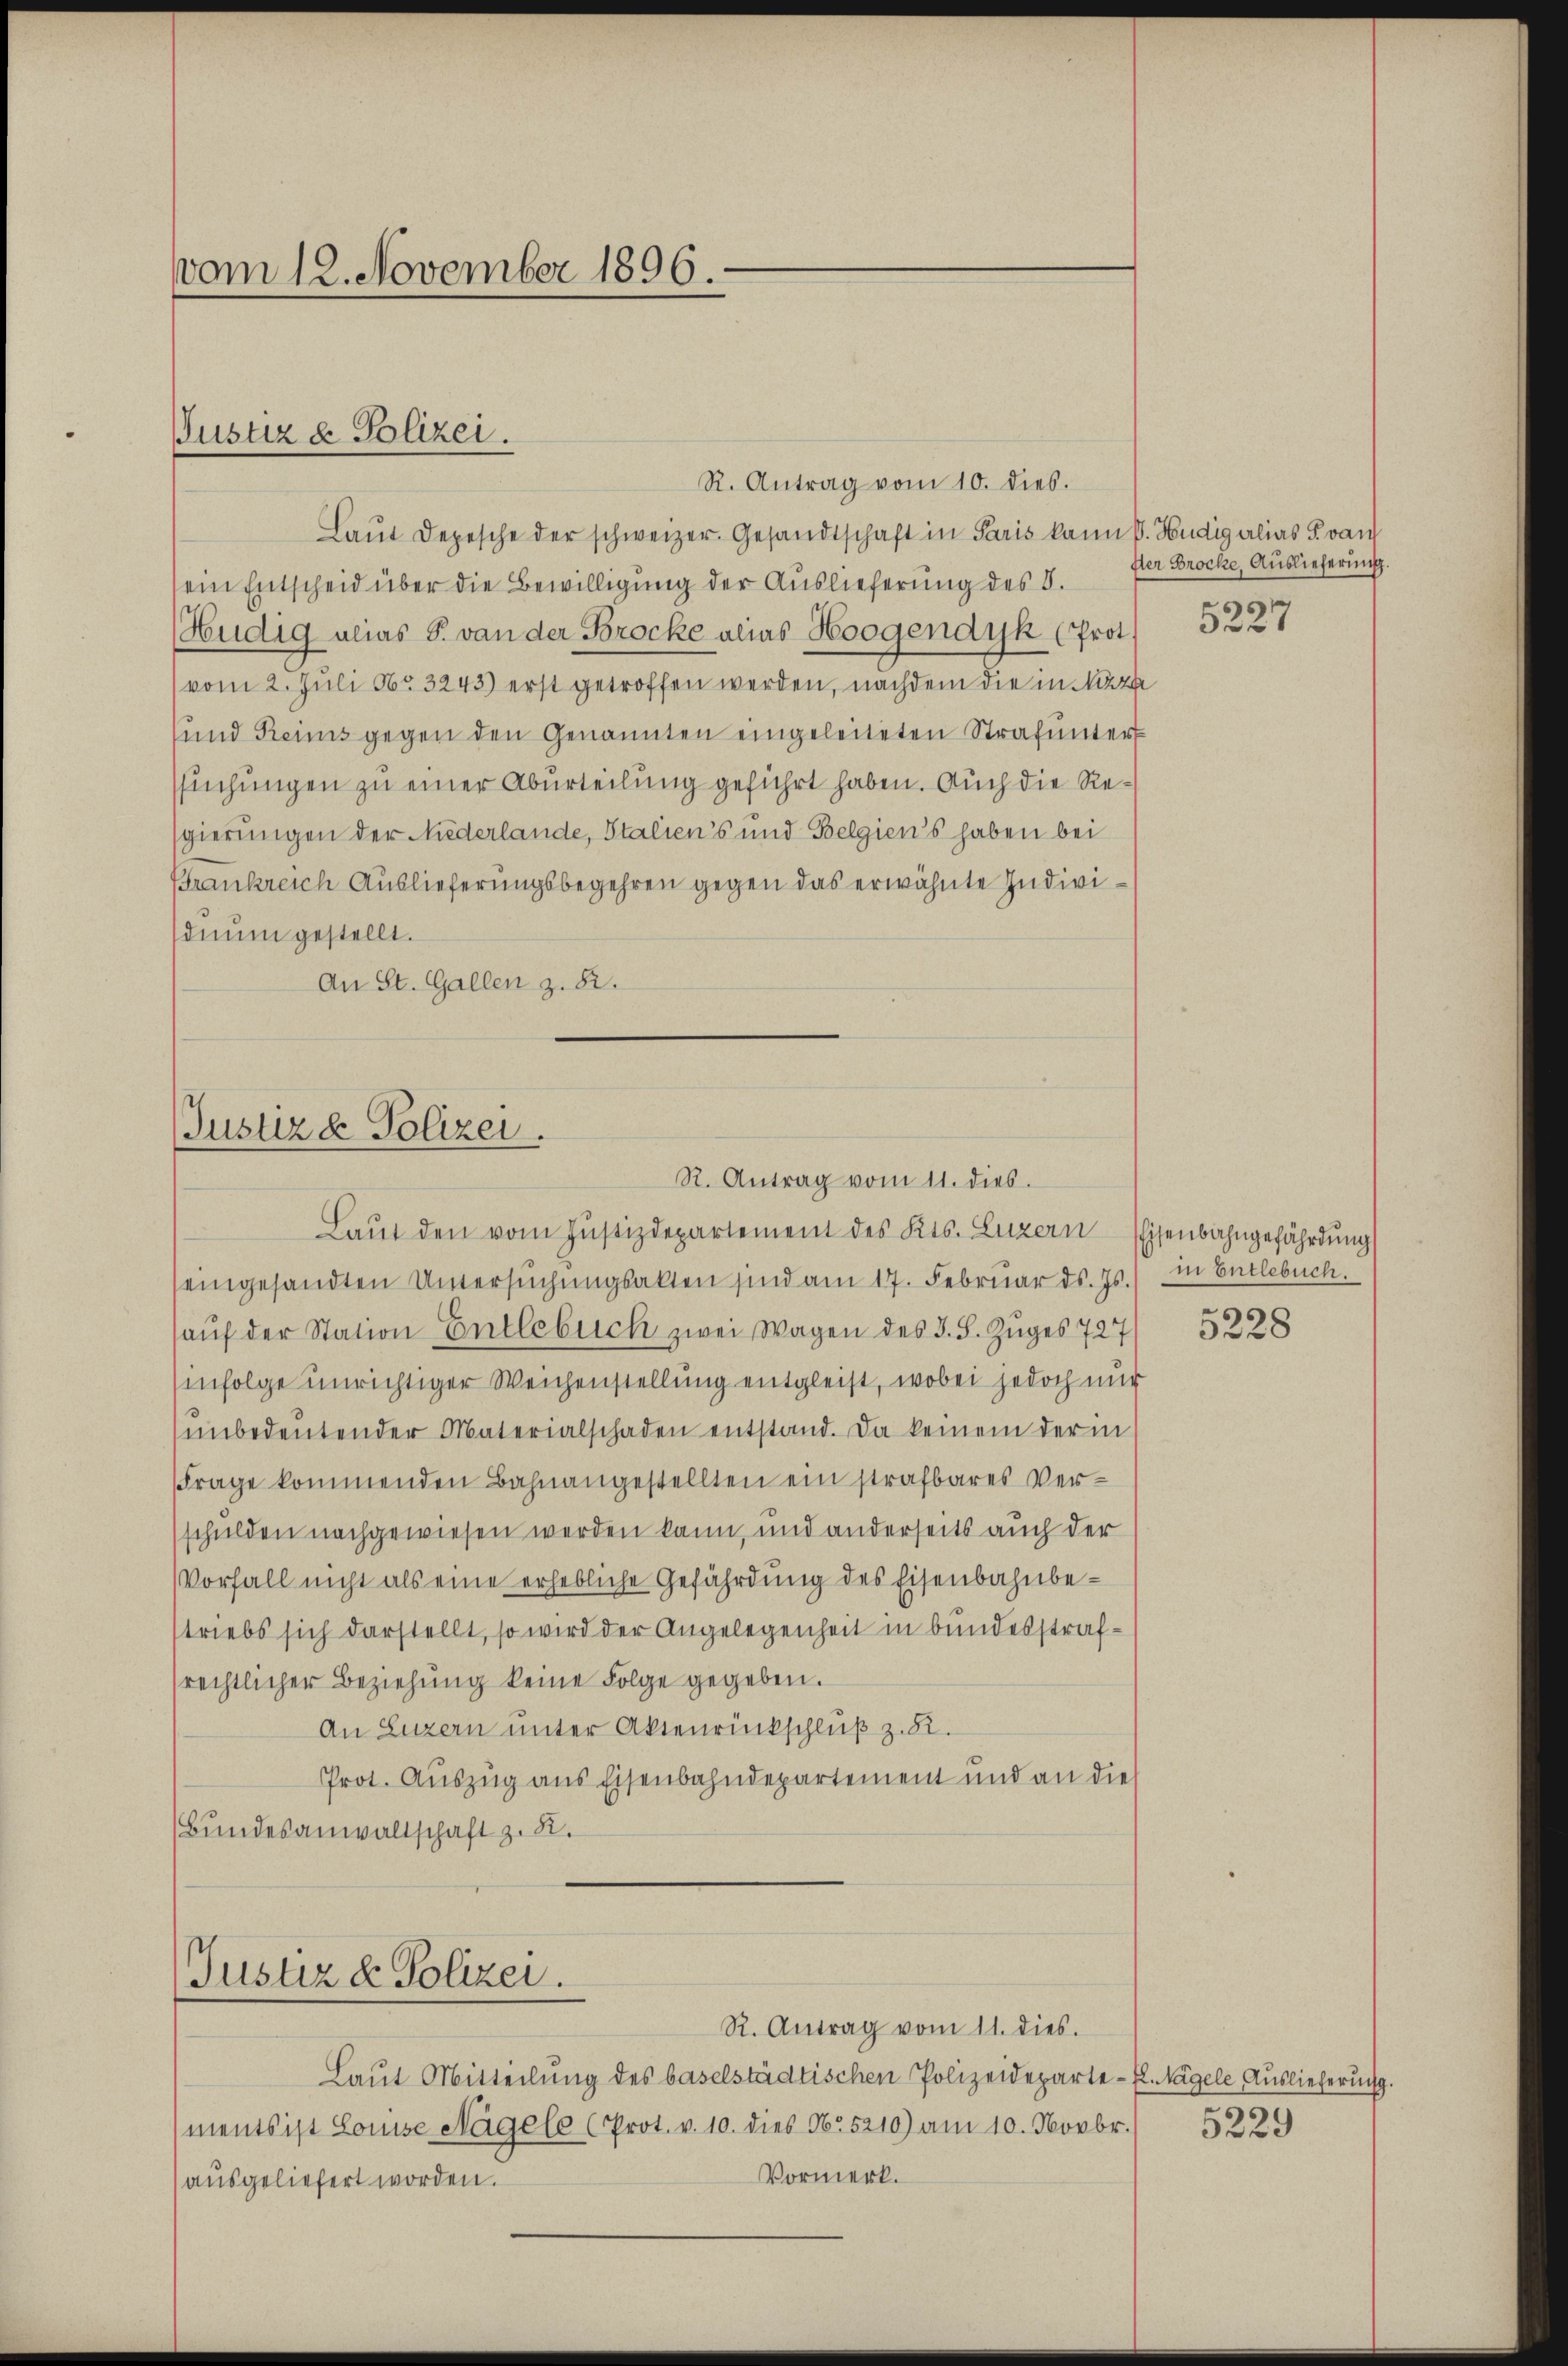
vom 12. November 1896.

Pustiz & Polizei.

Laŭt Depesche der schweizer. Gesandtschaft in Paris kann V. Hudigalias von
sein Entscheid über die Bewilligung der Auslieferung des d.
Hudig alias S. von der Brocke alias Horgendyk (Prot.
vom 2. Juli No 3243) erst getroffen werden, nachdem die in Näthe
und Reims gegen den Genannten eingeleiteten Strafunter
ssuchungen zu einer Aburteilung geführt haben. Auch die Regierungen der Niederlande, Stalien's und Belgien's haben bei
Frankreich Auslieferungsbegehren gegen das erwähnte Individiŭm gestellt.
An St. Gallen z. 82.

eingesandten Untersŭchŭngsakten sind am 17. Februar ds. Js.) in Entlebuch.
aŭf der Station Entlebuch zwei Wagen des §. 5. Zuges 727
infolge unrichtiger Weichenstellung entgleist, wobei jedoch nur
ŭnbedeŭtender Materialschaden entstand. Da keinem der in
frage kommenden Bahnangestellten ein strafbares Verschulden nachgewiesen werden kann, und anderseits auch der
Vorfall nicht als eine erhebliche Gefährdung des Eisenbahnbestriebs sich darstellt, so wird der Angelegenheit in bundesstrafrechtlicher Beziehŭng keine Folge gegeben.
An Luzern unter Aktenrückschluß z. B.
Prot. Auszug aus Eisenbahndepartement und an die
Bundesanwaltschaft z. 82.

R. Antrag vom 10. dies.

Justiz & Polizei.
R. Antrag vom 11. dies.
Laŭt den vom Justizdepartement des Kts. Luzern Eisenbahngefährdung

Justiz & Polizei.
R. Antrag vom 11. dies.

Laut Mitteilung des baselstädtischen Polizeideparte-El. Nagele Auslieferung.
(ments ist Louise Nagele (Prot. v. 10. dies No. 5210) am 10. Novbr.
Vormerk.
ausgeliefert worden.

der Brocke, Auslieferung.
5227

5228

r
5229